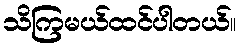
သိကြမယ်ထင်ပါတယ်။